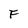
Character: F